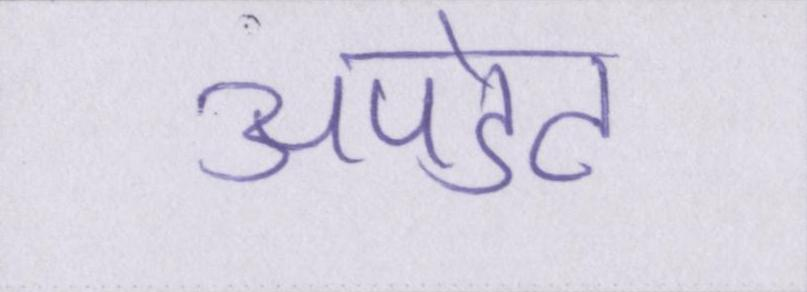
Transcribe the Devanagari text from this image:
अपडेट